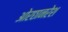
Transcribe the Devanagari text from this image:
ओरछानरेश